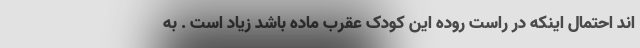
اند احتمال اینکه در راست روده این کودک عقرب ماده باشد زیاد است . به